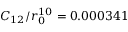
C _ { 1 2 } / r _ { 0 } ^ { 1 0 } = 0 . 0 0 0 3 4 1